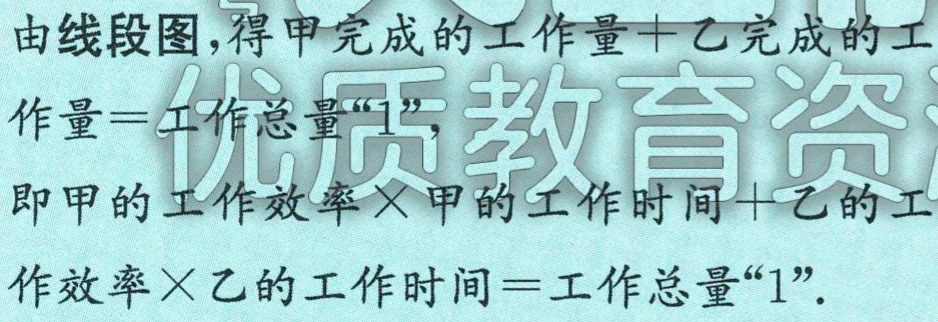
由线段图,得甲完成的工作量+乙完成的工作量=工作总量“1”,
即甲的工作效率×甲的工作时间+乙的工作效率×乙的工作时间=工作总量“1”.